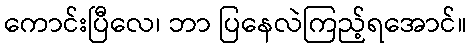
ကောင်းပြီလေ၊ ဘာ ပြနေလဲကြည့်ရအောင်။